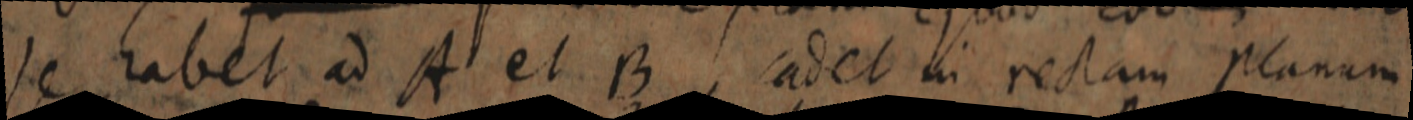
se habet ad A et B cadet in rectam planum